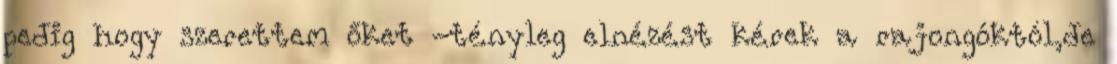
pedig hogy szerettem őket -tényleg elnézést kérek a rajongóktól,de